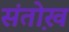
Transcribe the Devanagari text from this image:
संतो़ख